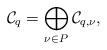
LaTeX: \begin{align*} \mathcal{C}_q = \bigoplus_{\nu \in P}\mathcal{C}_{q,\nu},\end{align*}